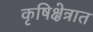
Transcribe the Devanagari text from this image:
कृषिक्षेत्रात